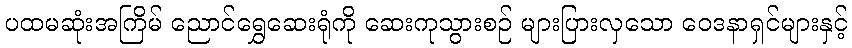
ပထမဆုံးအကြိမ် ညောင်ရွှေဆေးရုံကို ဆေးကုသွားစဉ် များပြားလှသော ဝေဒနာရှင်များနှင့်